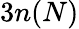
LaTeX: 3n(N)